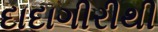
દાદાગીરીથી